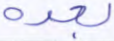
بعده